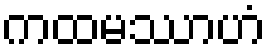
ကထမဿာဟံ